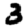
Digit: 3